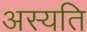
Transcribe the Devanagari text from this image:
अस्यति